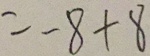
= - 8 + 8